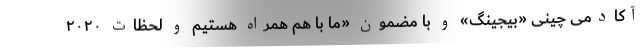
آکادمی چینی «بیجینگ» و با مضمون «ما با هم همراه هستیم و لحظات ۲۰۲۰